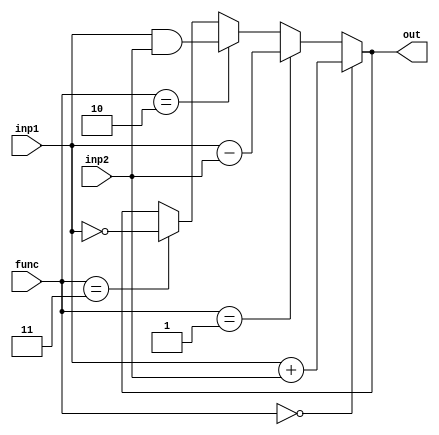
`timescale 1ps/1ps
module ALU (
    inp1,
    inp2,
    func,
    out,
    );
    parameter n = 8;
    input [n-1:0]inp1, inp2;
    input [1:0]func;
    output [n-1:0]out;

    parameter  ADD = 3'b00, SUB = 3'b01, 
               AND = 3'b10, NOT = 3'b11;

    assign out = (func == ADD) ? inp1 + inp2 :
                 (func == SUB) ? inp1 - inp2 :
                 (func == AND) ? inp1 & inp2 :
                 (func == NOT) ? ~inp1 :
                 out;         
endmodule